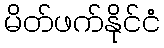
မိတ်ဖက်နိုင်ငံ